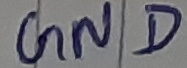
Text: GND